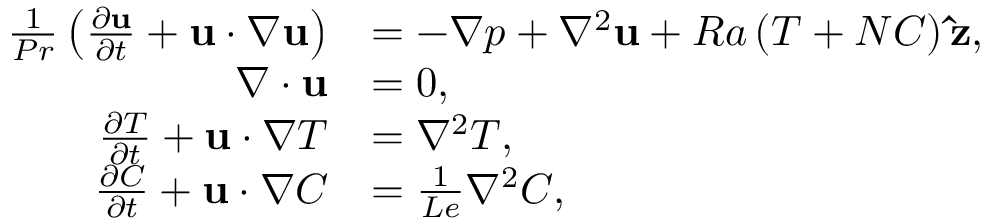
\begin{array} { r l } { \frac { 1 } { P r } \left( \frac { \partial \mathbf { u } } { \partial t } + \mathbf { u } \cdot \nabla \mathbf { u } \right) } & { = - \nabla p + \nabla ^ { 2 } \mathbf { u } + R a \left( T + N C \right) \mathbf { \hat { z } } , } \\ { \nabla \cdot \mathbf { u } } & { = 0 , } \\ { \frac { \partial T } { \partial t } + \mathbf { u } \cdot \nabla T } & { = \nabla ^ { 2 } T , } \\ { \frac { \partial C } { \partial t } + \mathbf { u } \cdot \nabla C } & { = \frac { 1 } { L e } \nabla ^ { 2 } C , } \end{array}